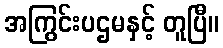
အကြွင်းပဌမနှင့် တူပြီ။